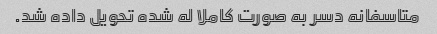
متاسفانه دسر به صورت کاملا له شده تحویل داده شد.